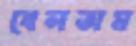
বেলতাম